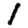
Digit: 1